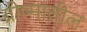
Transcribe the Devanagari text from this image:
ग्रीष्मातील